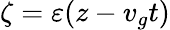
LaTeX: \zeta=\varepsilon(z-v_{g}t)